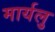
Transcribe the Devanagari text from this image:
मार्यलु